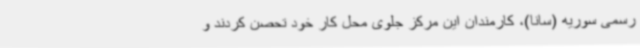
رسمی سوریه (سانا)، کارمندان این مرکز جلوی محل کار خود تحصن کردند و